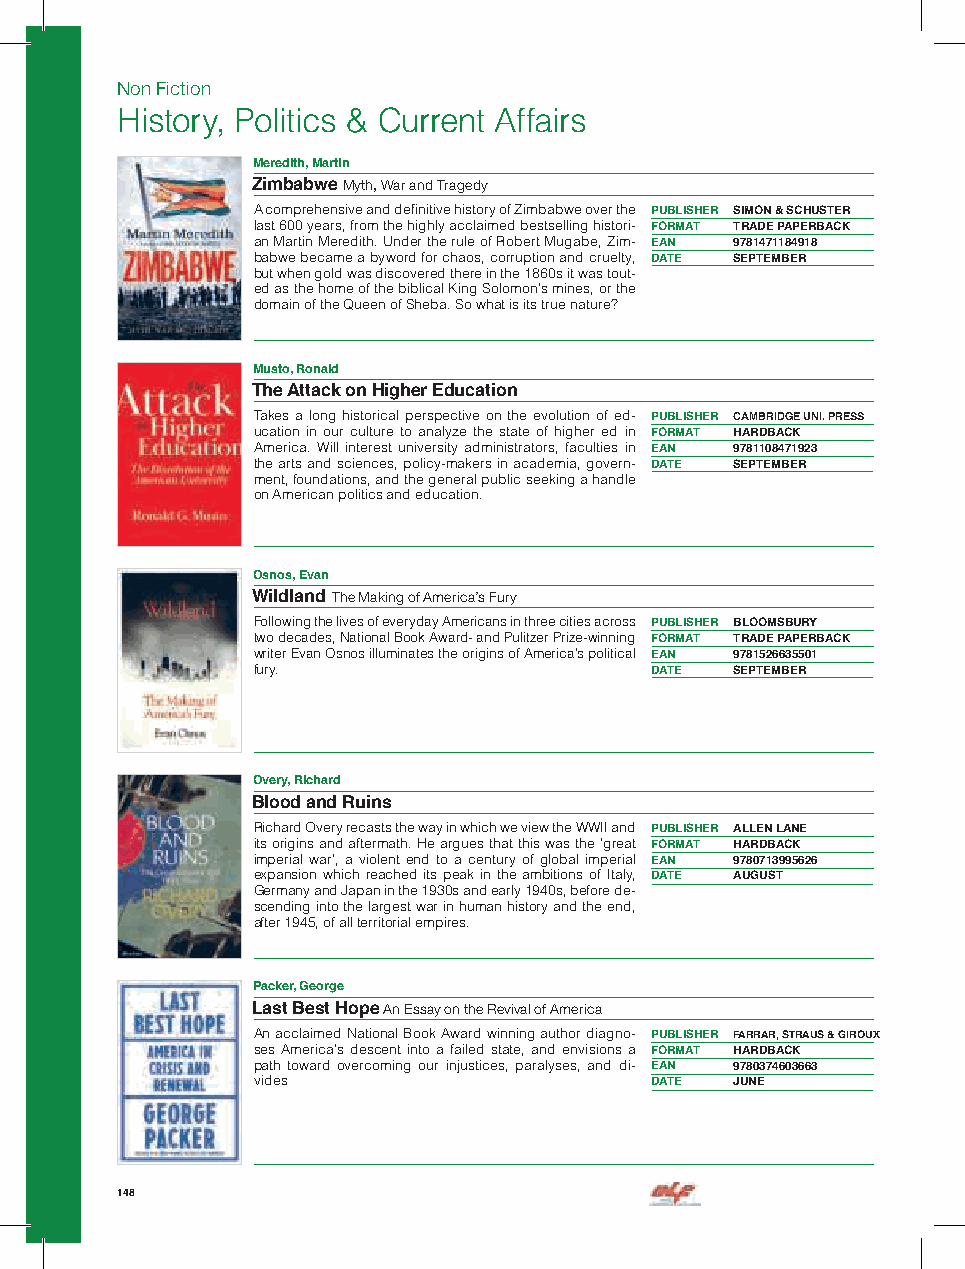
Non Fiction
 History, Politics & Current Affairs
 Meredith, Martin
 Zimbabwe Myth, War and Tragedy
 A comprehensive and definitive history of Zimbabwe over the PUBLISHER SIMON & SCHUSTER
 last 600 years, from the highly acclaimed bestselling histori- FORMAT TRADE PAPERBACK
 an Martin Meredith. Under the rule of Robert Mugabe, Zim- EAN 9781471184918
 babwe became a byword for chaos, corruption and cruelty, DATE SEPTEMBER
 but when gold was discovered there in the 1860s it was tout-
 ed as the home of the biblical King Solomon’s mines, or the
 domain of the Queen of Sheba. So what is its true nature?
 Musto, Ronald
 The Attack on Higher Education
 Takes a long historical perspective on the evolution of ed- PUBLISHER CAMBRIDGE UNI. PRESS
 ucation in our culture to analyze the state of higher ed in FORMAT HARDBACK
 America. Will interest university administrators, faculties in EAN 9781108471923
 the arts and sciences, policy-makers in academia, govern- DATE SEPTEMBER
 ment, foundations, and the general public seeking a handle
 on American politics and education.
 Osnos, Evan
 Wildland The Making of America’s Fury
 Following the lives of everyday Americans in three cities across PUBLISHER BLOOMSBURY
 two decades, National Book Award- and Pulitzer Prize-winning FORMAT TRADE PAPERBACK
 writer Evan Osnos illuminates the origins of America’s political EAN 9781526635501
 fury.                     DATE  SEPTEMBER
 Overy, Richard
 Blood and Ruins
 Richard Overy recasts the way in which we view the WWII and PUBLISHER ALLEN LANE
 its origins and aftermath. He argues that this was the ’great FORMAT HARDBACK
 imperial war’, a violent end to a century of global imperial EAN 9780713995626
 expansion which reached its peak in the ambitions of Italy, DATE AUGUST
 Germany and Japan in the 1930s and early 1940s, before de-
 scending into the largest war in human history and the end,
 after 1945, of all territorial empires.
 Packer, George
 Last Best Hope An Essay on the Revival of America
 An acclaimed National Book Award winning author diagno- PUBLISHER FARRAR, STRAUS & GIROUX
 ses America’s descent into a failed state, and envisions a FORMAT HARDBACK
 path toward overcoming our injustices, paralyses, and di- EAN 9780374603663
 vides                     DATE  JUNE
 148